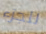
للجزء